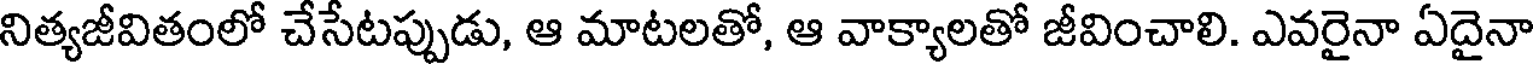
నిత్యజీవితంలో చేసేటప్పుడు, ఆ మాటలతో, ఆ వాక్యాలతో జీవించాలి. ఎవరైనా ఏదైనా